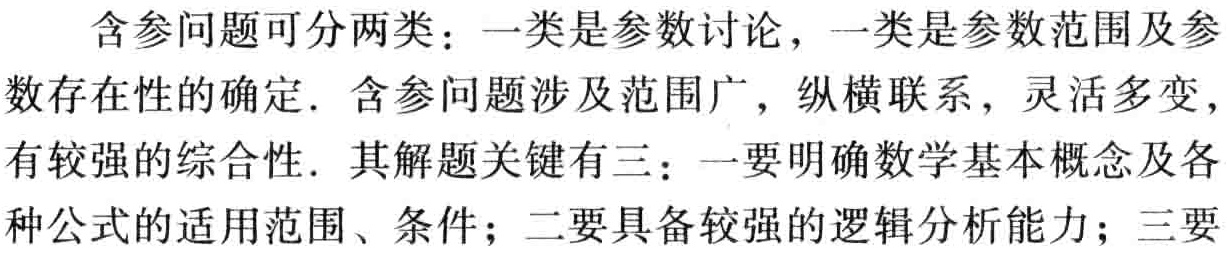
含参问题可分两类：一类是参数讨论，一类是参数范围及参
数存在性的确定. 含参问题涉及范围广，纵横联系，灵活多变，
有较强的综合性. 其解题关键有三：一要明确数学基本概念及各
种公式的适用范围、条件；二要具备较强的逻辑分析能力；三要